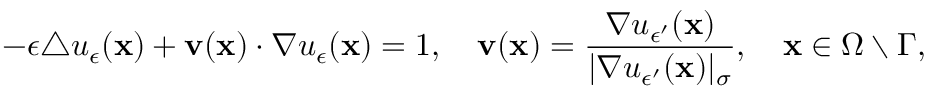
- \epsilon \triangle u _ { \epsilon } ( \mathbf { x } ) + \mathbf { v } ( \mathbf { x } ) \cdot \nabla u _ { \epsilon } ( \mathbf { x } ) = 1 , \quad \mathbf { v } ( \mathbf { x } ) = \frac { \nabla u _ { \epsilon ^ { \prime } } ( \mathbf { x } ) } { | \nabla u _ { \epsilon ^ { \prime } } ( \mathbf { x } ) | _ { \sigma } } , \quad \mathbf { x } \in \Omega \setminus \Gamma ,